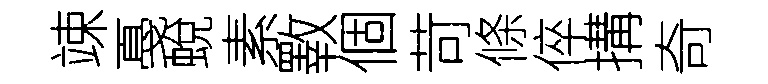
竦戞蛻素斁個苛條倅搆奇